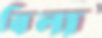
বিলা